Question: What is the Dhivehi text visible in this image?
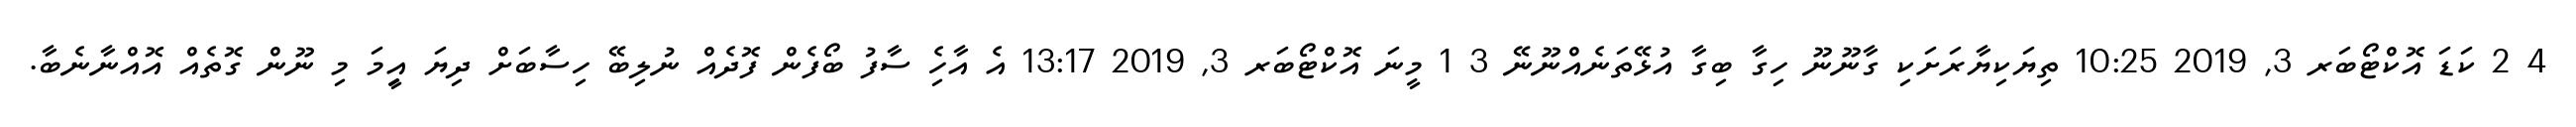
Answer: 4 2 ކަޑަ އޮކްޓޯބަރ 3, 2019 10:25 ތިޔަކިޔާރަށަކި ގާނޫނޫ ހިގާ ބިގާ އުޅޭތަނެއްނޫނޭ 3 1 މީނަ އޮކްޓޯބަރ 3, 2019 13:17 އެ އާހެި ސާފު ބޯފެން ފޮދެއް ނުލިބޭ ހިސާބަށް ދިޔަ އިީމަ މި ނޫން ގޮތެއް އޮއްނާނެބާ.